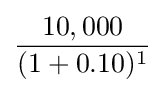
{\frac {10,000}{(1+0.10)^{1}}}